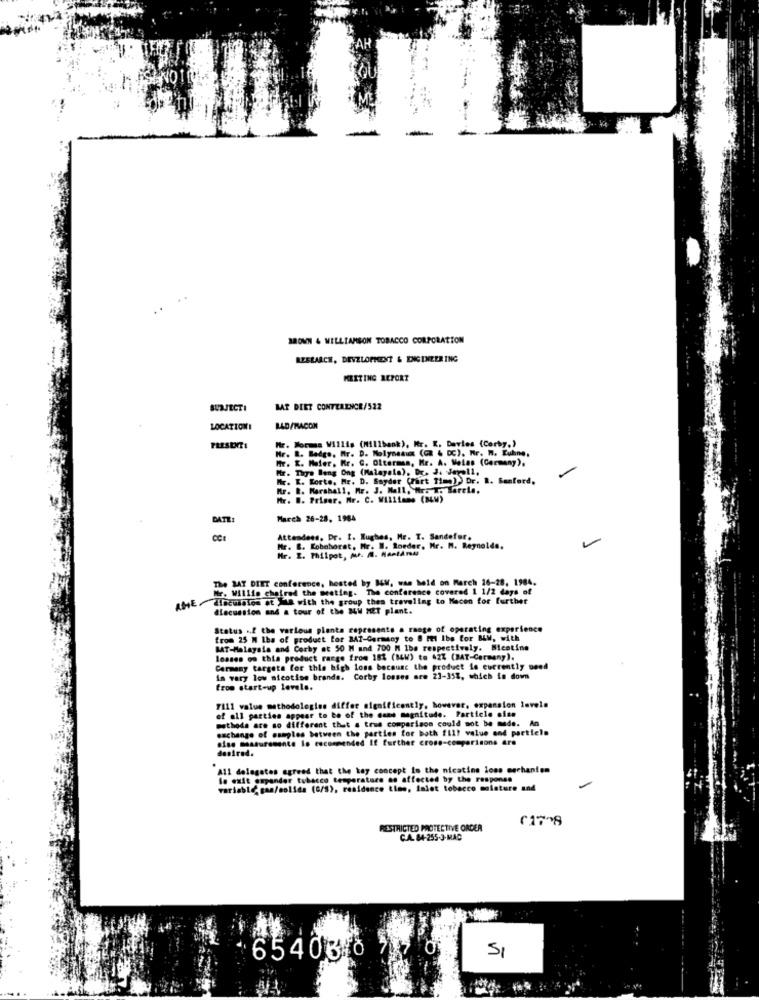
BROWN & WILLIAMSON TOBACCO CORPORATION
RESEARCH, DEVELOPMENT & ENGINEERING
MEETING REPORT
SUBJECTI
BAT DEET CONTERENCR/522
LOCATION!
BAD/MACON
Mr. Mora Willis (Millbank), Mr. K. Davies (Corby.)
Hr. L. Bedge, Hr. D. Molyneaux (GE & DC), Mr. W. Kuhne,
Mr. E. Hofer, Kr. G. Olterman, Mr. A. Molas (Germany).
Mr. Thys Beng Ong (Malayala), Dr. J. Jevoll,
Mr. I. Korte, Mr. D. Sayder (Part 11=). Dr. R. Sanford.
Mr. R. Marshall, Mr. J. Mall, Mr. T. Sareia.
Mr. W. Priser, Mr. C. Williams (BLW)
DATE:
March 26-28, 1984
Attendees, Dr. I. Rughes, Mr. T. Sandefor.
Mr. B. Kobohorst, Mr. W. Roeder, Mr. M. Reynolds.
Mr. Z. Philpot, Auf. A. MartAny
The BAT DIET conference, hosted by B&W, was held on March 26-28. 1984.
Mr. Willie chaired the meeting. The conference covered 1 1/2 days of
AME.discussion at Ila with the group thes traveling to Hacen for further
diecussion and a tour of the Mu MET plant.
Status ., E the various planta represents a range of operating experience
from 25 M Iba of product for BAT-Germany to @ Il Ibe for BLW, with
MAT-Malaysia and Corby at 50 M and 700 M 1ba respectively. Nicotine
losses os this product range from 182 (84W) to 42% (BAT-Germany).
Carmeny targeta for this high loss because the product is currently need
in vary low nicotine brands. Corby losses are 21-35%, which is down
from start-up levels.
7111 value methodologies differ significantly, however, expansion levels
of all parties appear to be of the Game magnitude. Particle site
methods are so different that a true comparison could not be made. An
exchange of samples between the parties for both fil! value and partiels
aise measurements lo recommended If further cross-comparisons are
desired.
All delegates agreed that the kay concept is the nicotine loss mechanism
lo exit ompander tobacco temperature ao affected by the response
variable gan/solids (G/S), residence time, iniet tobacco moisture and
01708
RESTRICTED PROTECTIVE ORDER
CA. 84-255-3-MAC
SI
654088